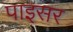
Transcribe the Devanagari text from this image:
पाइसर